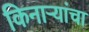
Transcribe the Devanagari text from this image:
किनाऱ्यांचा